Medical and sanitary report of the native army of Bengal for the year
Year: 1878
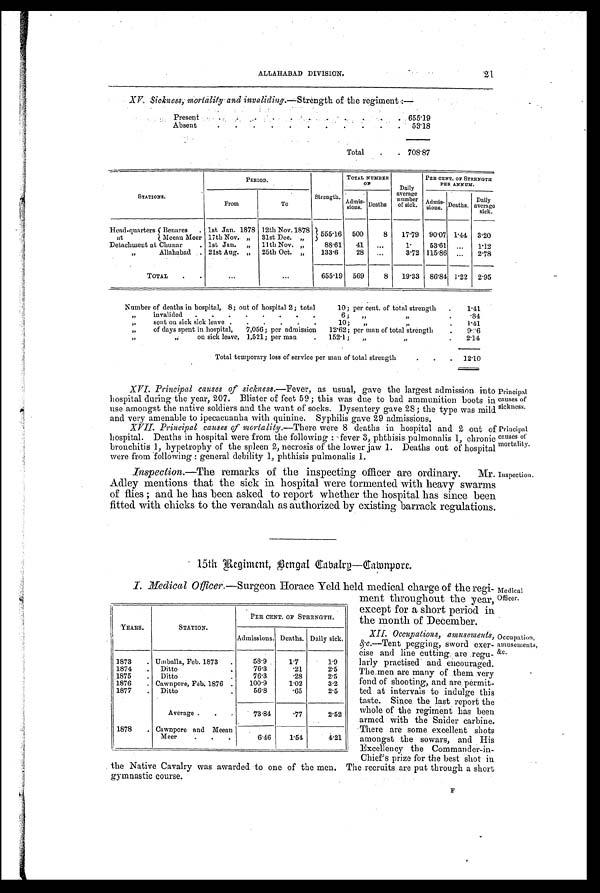
Principal
causes of
sickness.
Principal
causes of
mortality.
ALLAHABAD DIVISION.
21
XV. Sickness, mortality and invaliding.— Strength of the regiment:—
Present
.
. .
. .
.
. . .
.
655.19
Absent
.
. .
. .
.
.
. .
.
53.18
Total .
.
708.87
STATIONS.
PERIOD.
Strength.
TOTAL NUMBER
OF
Daily
average
number
of sick.
PER CENT. OF STRENGTH
PER ANNUM.
From
To
Admi
s -
s i o n s .
Deaths
Admi s -
sions. Deaths.
Daily
average
sick.
Head-quarters Benares
. 1st Jan. 1878 12th Nov.1878
555.16 500
8
17.79
90.07 1.44 3.20
at
Meean Meer 17th Nov.,,
31st Dec. „
Detachment at Chunar
. 1st Jan. „
11th Nov. „
88.61
41
. . .
1.
53.61
. . .
1.12
„
Allahabad . 21st Aug. „
25th Oct. „
133.6
28
. . .
3.72 115.86 ...
2.78
TOTAL
.
.
...
...
655.19
569
8
19 .33 86.84 1 .22 2.95
Number of deaths in hospital, 8; out of hospital 2 ; total
10 ; per cent. of total strength
.
1.41
„
invalided
.
.
.
.
. . . .
6 ;
„
,,
.
.84
, , s e n t o n s i c k s i c k l e a v e
.
.
.
.
. .
10;
„
, , .
1.41
,,
of days spent in hospital,
7,056; per admission
12.62; per man of total strength
.
9.26
,,
on sick leave, 1,521; per man
.
152. 1 ;
„
,, .
2.14
Total temporary loss of service per man of total strength
.
.
.
12.10
XVI. Principal causes of sickness. —Fever, as usual, gave the largest admission into
hospital during the year, 207. Blister of feet 59; this was due to bad ammunition boots in
use amongst the native soldiers and the want of socks. Dysentery gave 28; the type was mild
and very amenable to ipecacuanha with quinine. Syphilis gave 29 admissions.
XVII. Principal causes of mortatity. —There were 8 deaths in hospital and 2 out of
hospital. Deaths in hospital were from the following : fever 3, phthisis pulmonalis 1, chronic
bronchitis 1, hypetrophy of the spleen 2, necrosis of the lower jaw 1. Deaths out of hospital
were from 'following : general debility 1, phthisis pulmonalis 1.
I n s p e c t i o n . —
T h e
r e m a r k s o f t h e i n s p e c t i n g O f f i c e r a r e o r d i n a r y .
Adley mentions that the sick in hospital were tormented with heavy swarms
of flies ; and he has been asked to report whether the hospital has since been
fitted with chicks to the verandah as authorized by existing barrack regulations.
Mr. Inspection.
15th Regiment, Bengal Cabalry-Camnpore.
I. Medical Officer .—Surgeon Horace Yeld held medical charge of the regi-
ment throughout the year,
except for a short period in
the month of December.
XII. Occupations. , amusements,
c .—Tent pegging, sword exer-
cise and line cutting are regu-
larly practised and encouraged.
The men are many of them very
fond of shooting, and are permit-
ted at intervals to indulge this
taste. Since. the last report the
whole of the regiment has been
armed with the Snider carbine.
There are some excellent shots
amongst the sowars, and His
Excellency the Commander-in-
Chief's prize for the best shot in
the Native Cavalry was awarded to one of the men. The recruits are put through a short
gymnastic course.
YEARS.
STATION.
PER CENT. OF STRENGTH.
Admissions. Deaths. Daily sick.
1873
. Umballa, Feb. 1873
.
58.9
1.7
1.9
1874
Ditto
76.3
.21
2.5
1875
.
Ditto
76.3
.28
2.5
1876
. Cawnpore, Feb. 1876 .
100.9
1.02
3.2
1877
.
Ditto
56.8
.65
2.5
Average .
.
.
73.84
.77
2.52
1878
. Cawnpore and Meean
Meer
.
.
.
6.46
1.54
4.21
Medical
Officer.
Occupation,
amusements,
&c.